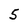
Character: 5